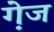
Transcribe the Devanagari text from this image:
गे़ज